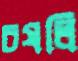
চষলি